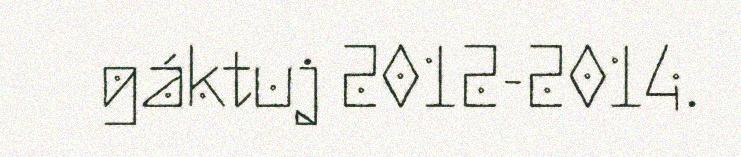
gáktuj 2012-2014.